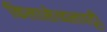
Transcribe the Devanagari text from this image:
किलासेव्वलपट्टी